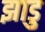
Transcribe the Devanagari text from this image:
झाडु